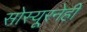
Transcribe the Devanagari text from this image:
सोस्यूरनेही